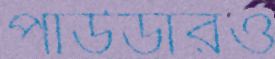
পাউডারও